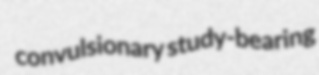
convulsionary study-bearing